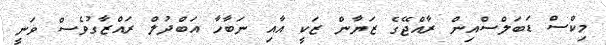
މިކްސް ޑަބަލްސްއިން ރާއްޖޭގެ ޒަޔާން ޒަކީ އާއި ނަބާހާ އަބްދުލް ރައްޒާގުވެސް ވަނީ